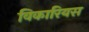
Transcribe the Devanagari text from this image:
विकारियस